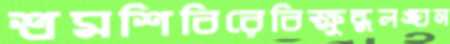
শ্রমশিবিরেবিক্ষুব্ধলঙ্ঘন